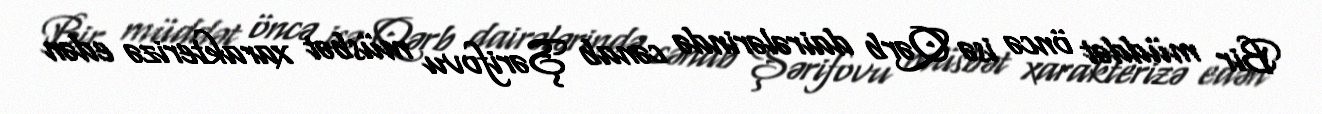
Bir müddət öncə isə Qərb dairələrində cənab Şərifovu müsbət xarakterizə edən